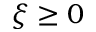
\xi \geq 0